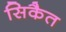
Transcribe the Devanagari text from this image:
सिकैत